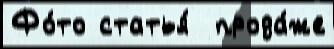
Фо́то статья́  прода́же